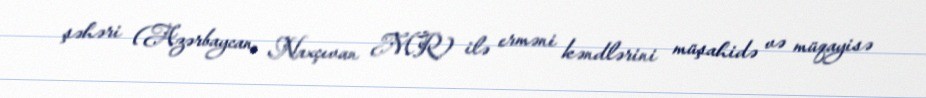
şəhəri (Azərbaycan, Naxçıvan MR) ilə erməni kəndlərini müşahidə və müqayisə